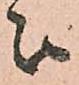
被